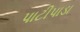
પાટીપાડા